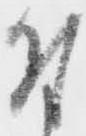
付